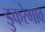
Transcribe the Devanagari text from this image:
डुकरेगाव